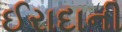
ઈરાદાની